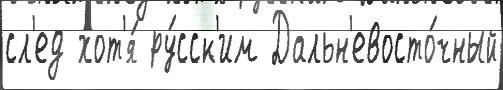
сл'ед хот'я́ ру́сск'им Дальн'евосто́чный